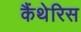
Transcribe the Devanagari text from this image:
कैंथेरिस